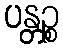
ပန္တဉ္စ